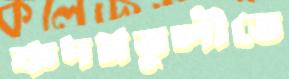
কদমতুলীতে